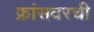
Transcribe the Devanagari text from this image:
फ्रांसवरची